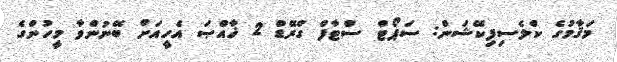
މަޤާމުގެ ކްލެސިފިކޭޝަން: ސަޕޯޓް ސްޓާފް ގްރޭޑް 2 ޚާއްޞަ އެހީއަށް ބޭނުންވާ މީހުންގެ